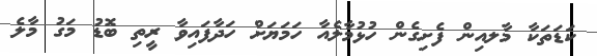
ކަޑަތަކާ މާލއިން ފެށިގެން ހުޅުމާލެއާ ހަމަޔަށް ހަދާފައިވާ ރީތި ބޮޑު މަގު މާލެ